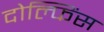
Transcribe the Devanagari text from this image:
दोल्फिंस